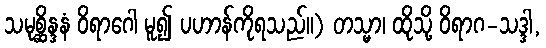
သမုစ္ဆိန္ဒနံ ဝိရာဂေါ မူ၍ ပဟာန်ကိုရသည်။) တသ္မာ၊ ထိုသို့ ဝိရာဂ-သဒ္ဒါ,